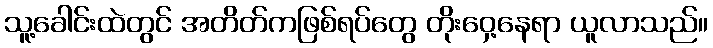
သူ့ခေါင်းထဲတွင် အတိတ်ကဖြစ်ရပ်တွေ တိုးဝှေ့နေရာ ယူလာသည်။